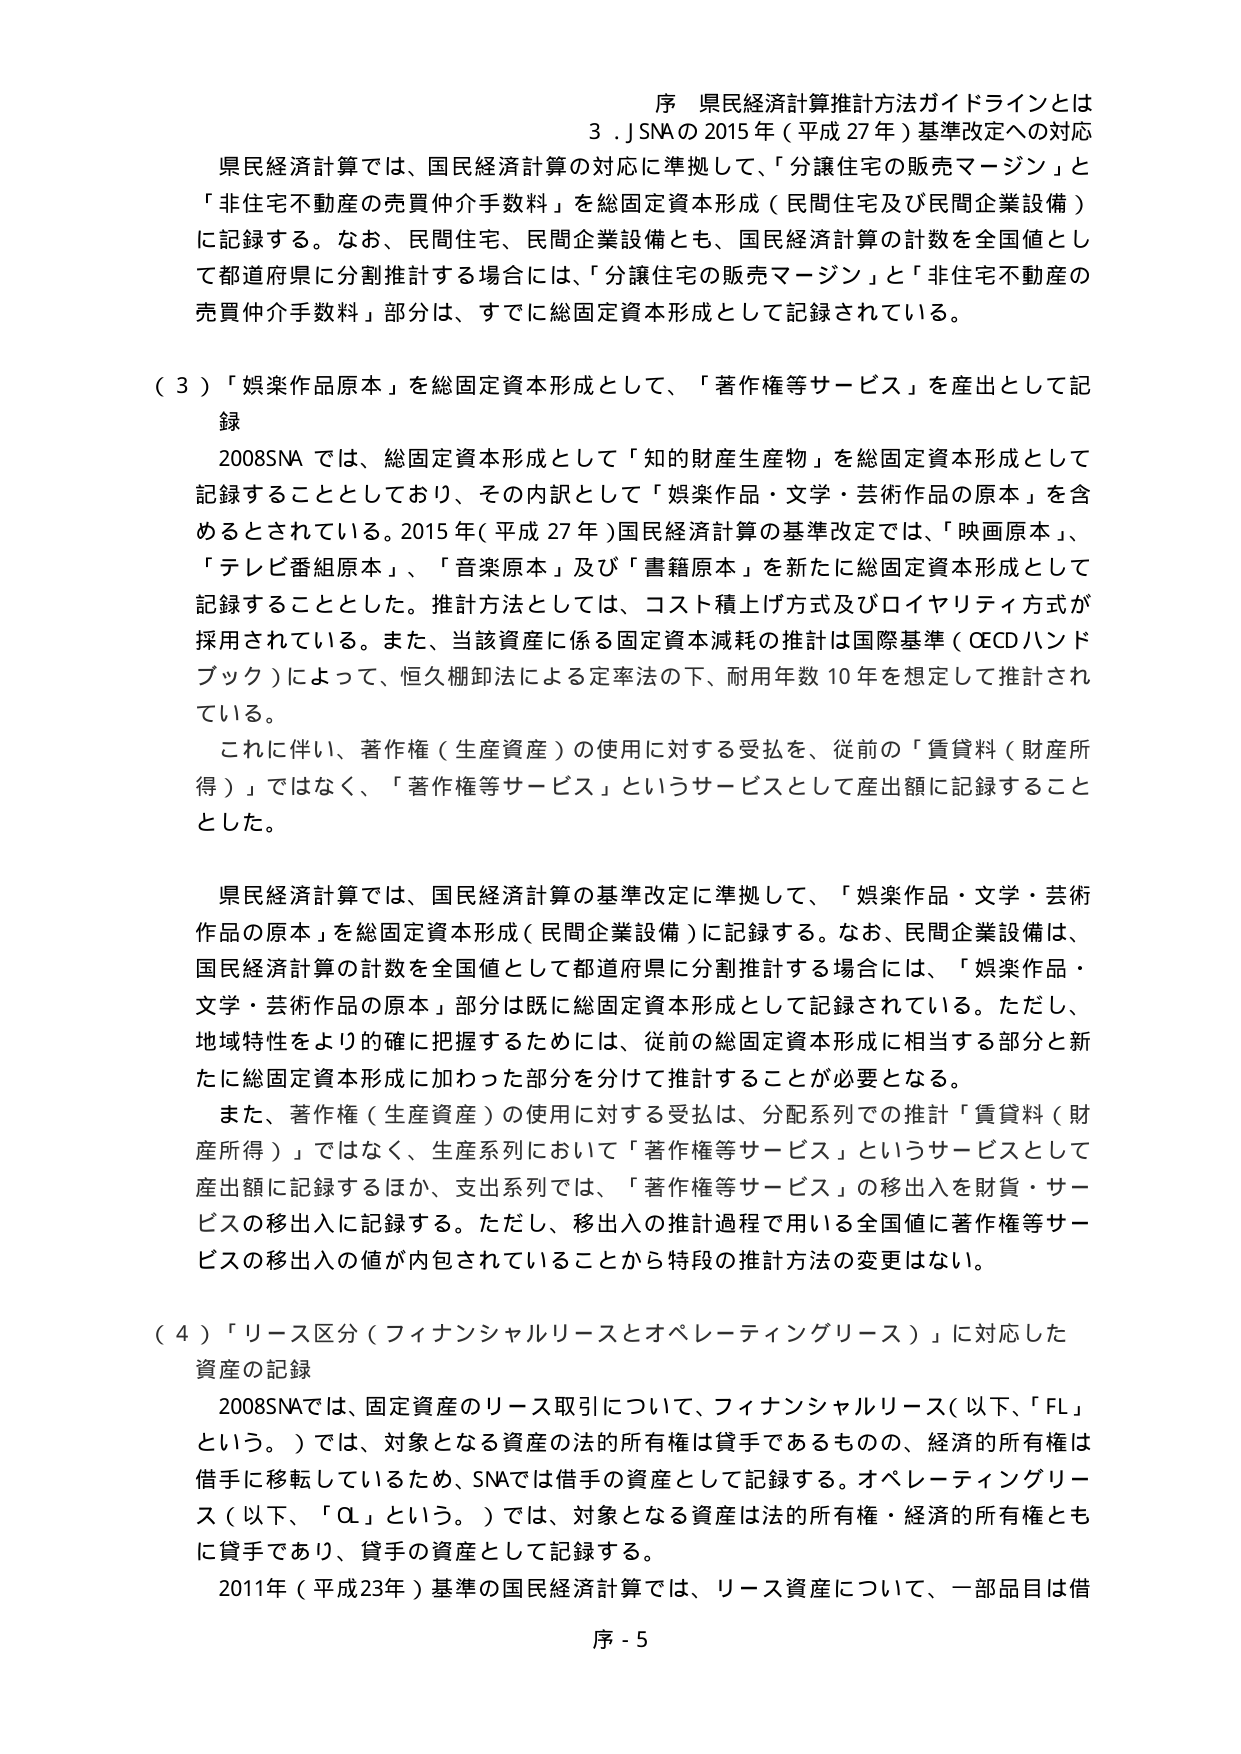
序 県民経済計算推計方法ガイドラインとは
3．SNAの2015年（平成27年）基準改定への対応

県民経済計算では、国民経済計算の対応に準拠して、「分譲住宅の販売マージン」と「非住宅不動産の売買仲介手数料」を総固定資本形成（民間住宅及び民間企業設備）に記録する。なお、民間住宅、民間企業設備とも、国民経済計算の計数を全国値として都道府県に分割推計する場合には、「分譲住宅の販売マージン」と「非住宅不動産の売買仲介手数料」部分は、すでに総固定資本形成として記録されている。

（３）「娯楽作品原本」を総固定資本形成として、「著作権等サービス」を産出として記録

2008SNAでは、総固定資本形成として「知的財産生産物」を総固定資本形成として記録することとしており、その内訳として「娯楽作品・文学・芸術作品の原本」を含めるとしている。2015年（平成27年）国民経済計算の基準改定では、「映画原本」、「テレビ番組原本」、「音楽原本」及び「書籍原本」を新たに総固定資本形成として記録することとした。推計方法としては、コスト積上げ方式及びロイヤリティ方式が採用されている。また、当該資産に係る固定資本減耗の推計は国際基準（OECDハンドブック）によって、恒久棚卸法による定率法の下、耐用年数10年を想定して推計されている。

これに伴い、著作権（生産資産）の使用に対する受払を、従前の「賃貸料（財産所得）」ではなく、「著作権等サービス」というサービスとして産出額に記録することとした。

県民経済計算では、国民経済計算の基準改定に準拠して、「娯楽作品・文学・芸術作品の原本」を総固定資本形成（民間企業設備）に記録する。なお、民間企業設備は、国民経済計算の計数を全国値として都道府県に分割推計する場合には、「娯楽作品・文学・芸術作品の原本」部分は既に総固定資本形成として記録されている。ただし、地域特性をより的確に把握するためには、従前の総固定資本形成に相当する部分と新たに総固定資本形成に加わった部分を分けて推計することが必要となる。

また、著作権（生産資産）の使用に対する受払は、分配系列での推計「賃貸料（財産所得）」ではなく、生産系列において「著作権等サービス」というサービスとして産出額に記録するほか、支出系列では、「著作権等サービス」の移出入を財貨・サービスの移出入に記録する。ただし、移出入の推計過程で用いる全国値に著作権等サービスの移出入の値が内包されていることから特段の推計方法の変更はない。

（４）「リース区分（フィナンシャルリースとオペレーティングリース）」に対応した資産の記録

2008SNAでは、固定資産のリース取引について、フィナンシャルリース（以下、「FL」という。）では、対象となる資産の法的所有権は貸手であるものの、経済的所有権は借手に移転しているため、SNAでは借手の資産として記録する。オペレーティングリース（以下、「OL」という。）では、対象となる資産は法的所有権・経済的所有権ともに貸手であり、貸手の資産として記録する。

2011年（平成23年）基準の国民経済計算では、リース資産について、一部品目は借

序 - 5